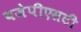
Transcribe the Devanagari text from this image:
बजेपीएसटी